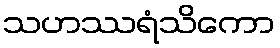
သဟဿရံသိကော